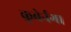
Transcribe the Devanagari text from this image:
कुबेर्नगा